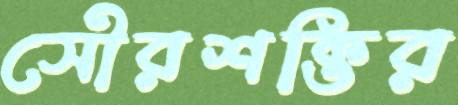
সৌরশক্তির